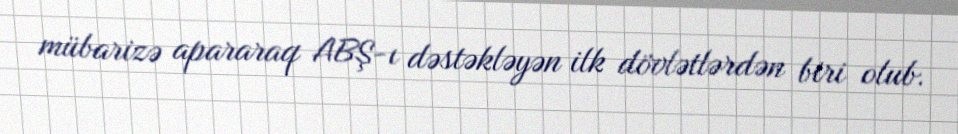
mübarizə apararaq ABŞ-ı dəstəkləyən ilk dövlətlərdən biri olub.